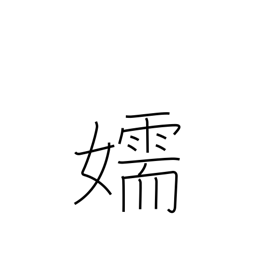
Meaning: mistress